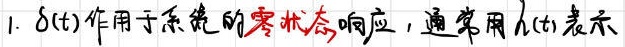
1. $\delta(t)$作用于系统的零状态响应，通常用$h(t)$表示